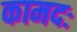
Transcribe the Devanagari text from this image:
कामदः